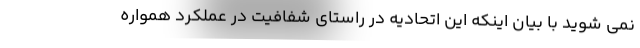
نمی شوید با بیان اینکه این اتحادیه در راستای شفافیت در عملکرد همواره